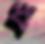
ধ